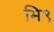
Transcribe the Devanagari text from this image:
भि९